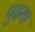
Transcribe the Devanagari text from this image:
पुइया